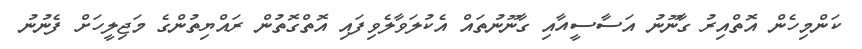
ކަންމިހެން އޮތްއިރު ގާނޫނު އަސާސީއާއި ގާނޫނުތައް އެކުލަވާލެވިފައި އޮތްގޮތުން ރައްޔިތުންގެ މަޖިލީހަށް ފެނުނު